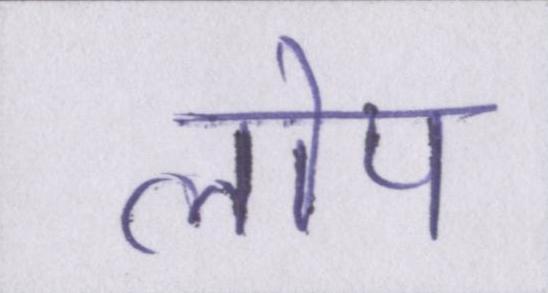
लोप